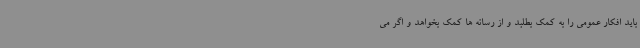
باید افکار عمومی را به کمک بطلبد و از رسانه ها کمک بخواهد و اگر می